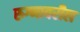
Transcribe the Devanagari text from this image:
रुग्णावरील